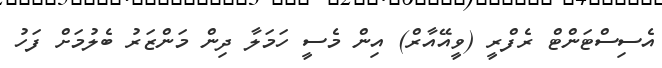
އެސިސްޓަންޓް ރެފްރީ (ވީއޭއާރް) އިން މެސީ ހަމަލާ ދިން މަންޒަރު ބެލުމަށް ފަހު